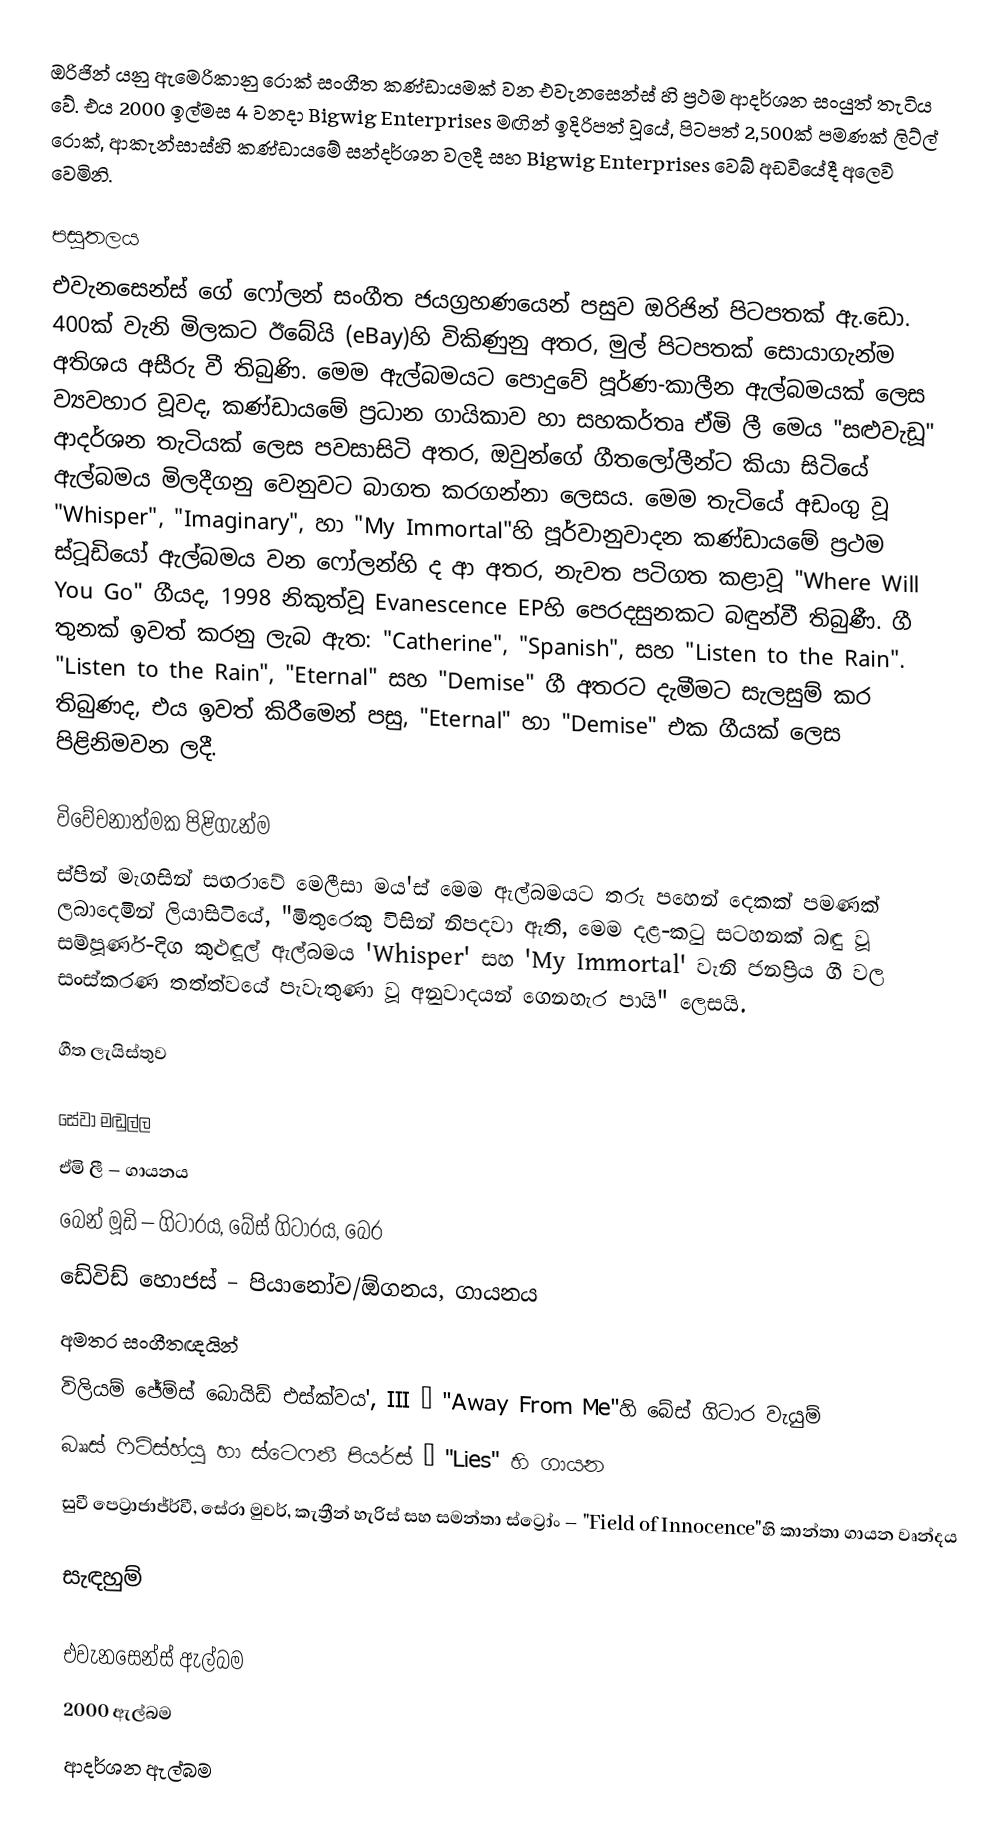
ඔරිජින් යනු ඇමෙරිකානු රොක් සංගීත කණ්ඩායමක් වන එවැනසෙන්ස් හි ප්‍රථම ආදර්ශන සංයුත් තැටිය වේ. එය 2000 ඉල්මස 4 වනදා Bigwig Enterprises මඟින් ඉදිරිපත් වූයේ, පිටපත් 2,500ක් පමණක් ලිට්ල් රොක්, ආකැන්සාස්හි කණ්ඩායමේ සන්දර්ශන වලදී සහ Bigwig Enterprises වෙබ් අඩවියේදී අලෙවි වෙමිනි.

පසුතලය
එවැනසෙන්ස් ගේ ෆෝලන් සංගීත ජයග්‍රහණයෙන් පසුව ඔරිජින් පිටපතක් ඇ.ඩො. 400ක් වැනි මිලකට ඊබේයි (eBay)හි විකිණුනු අතර, මුල් පිටපතක් සොයාගැන්ම අතිශය අසීරු වී තිබුණි. මෙම ඇල්බමයට පොදුවේ පූර්ණ-කාලීන ඇල්බමයක් ලෙස ව්‍යවහාර වූවද, කණ්ඩායමේ ප්‍රධාන ගායිකාව හා සහකර්තෘ ඒමි ලී මෙය "සළුවැඩූ" ආදර්ශන තැටියක් ලෙස පවසාසිටි අතර, ඔවුන්ගේ ගීතලෝලීන්ට කියා සිටියේ ඇල්බමය මිලදීගනු වෙනුවට බාගත කරගන්නා ලෙසය. මෙම තැටියේ අඩංගු වූ "Whisper", "Imaginary", හා "My Immortal"හි පූර්වානුවාදන කණ්ඩායමේ ප්‍රථම ස්ටූඩියෝ ඇල්බමය වන ෆෝලන්හි ද ආ අතර, නැවත පටිගත කළාවූ "Where Will You Go" ගීයද, 1998 නිකුත්වූ Evanescence EPහි පෙරදසුනකට බඳුන්වී තිබුණී. ගී තුනක් ඉවත් කරනු ලැබ ඇත: "Catherine", "Spanish", සහ "Listen to the Rain". "Listen to the Rain", "Eternal" සහ "Demise" ගී අතරට දැමීමට සැලසුම් කර තිබුණද, එය ඉවත් කිරීමෙන් පසු, "Eternal" හා "Demise" එක ගීයක් ලෙස පිළිනිමවන ලදී.

විවේචනාත්මක පිළිගැන්ම
ස්පින් මැගසින් සඟරාවේ මෙලීසා මය'ස් මෙම ඇල්බමයට තරු පහෙන් දෙකක් පමණක් ලබාදෙමින් ලියාසිටියේ, "මිතුරෙකු විසින් නිපදවා ඇති, මෙම දළ-කටු සටහනක් බඳු වූ සම්පූර්ණ-දිග කුළුඳූල් ඇල්බමය 'Whisper' සහ 'My Immortal' වැනි ජනප්‍රිය ගී වල සංස්කරණ තත්ත්වයේ පැවැතුණා වූ අනුවාදයන් ගෙනහැර පායි" ලෙසයි.

ගීත ලැයිස්තුව

සේවා මඬුල්ල
 ඒමි ලී – ගායනය
 බෙන් මූඩි – ගිටාරය, බේස් ගිටාරය, බෙර
 ඩේවිඩ් හොජස් – පියානෝව/ඕගනය, ගායනය
අමතර සංගීතඥයින්
 විලියම් ජේම්ස් බොයිඩ් එස්ක්වය', III – "Away From Me"හි බේස් ගිටාර වැයුම්
 බෲස් ෆිට්ස්හ්යූ හා ස්ටෙෆනී පියර්ස් – "Lies" හි ගායන
 සුවී පෙට්‍රාජාජ්ර්වී, සේරා මුවර්, කැත්‍රීන් හැරිස් සහ සමන්තා ස්ට්‍රෝං – "Field of Innocence"හි කාන්තා ගායන වෘන්දය

සැඳහුම්

එවැනසෙන්ස් ඇල්බම
2000 ඇල්බම
ආදර්ශන ඇල්බම